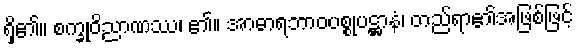
ရှိ၏။ စက္ခုဝိညာဏဿ၊ ၏။ အာဓာရဘာဝပစ္စုပဋ္ဌာနံ၊ တည်ရာ၏အဖြစ်ဖြင့်